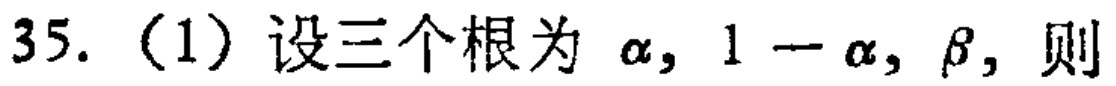
35.（1）设三个根为 \(\alpha,1 - \alpha,\beta\)，则